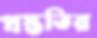
প্রস্ততির